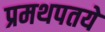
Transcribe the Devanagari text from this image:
प्रमथपतये